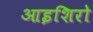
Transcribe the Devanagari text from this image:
आइशिरो